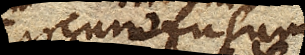
circumfacientem